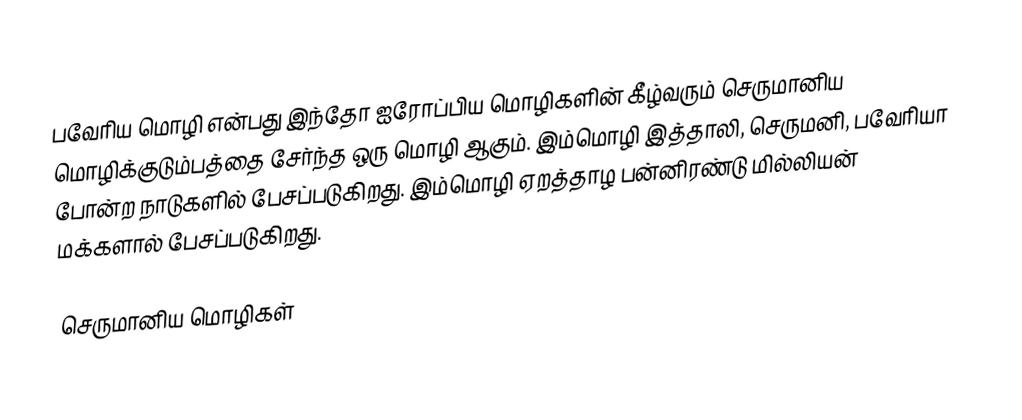
பவேரிய மொழி என்பது இந்தோ ஐரோப்பிய மொழிகளின் கீழ்வரும் செருமானிய மொழிக்குடும்பத்தை சேர்ந்த ஒரு மொழி ஆகும். இம்மொழி இத்தாலி, செருமனி, பவேரியா போன்ற நாடுகளில் பேசப்படுகிறது. இம்மொழி ஏறத்தாழ பன்னிரண்டு மில்லியன் மக்களால் பேசப்படுகிறது.

செருமானிய மொழிகள்